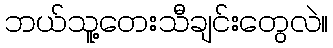
ဘယ်သူ့တေးသီချင်းတွေလဲ။